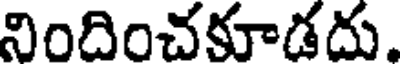
నిందించకూడదు.